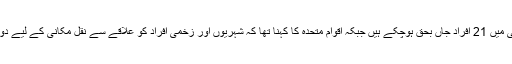
خبرایجنسی اے ایف پی کی رپورٹ کے مطابق متحدہ حکومت کا کہنا تھا کہ لڑائی میں 21 افراد جاں بحق ہوچکے ہیں جبکہ اقوام متحدہ کا کہنا تھا کہ شہریوں اور زخمی افراد کو علاقے سے نقل مکانی کے لیے دو گھنٹے کی جنگ بندی کے مطالبے کے باوجود ‘کوئی جنگ بندی نہیں کی گئی’۔